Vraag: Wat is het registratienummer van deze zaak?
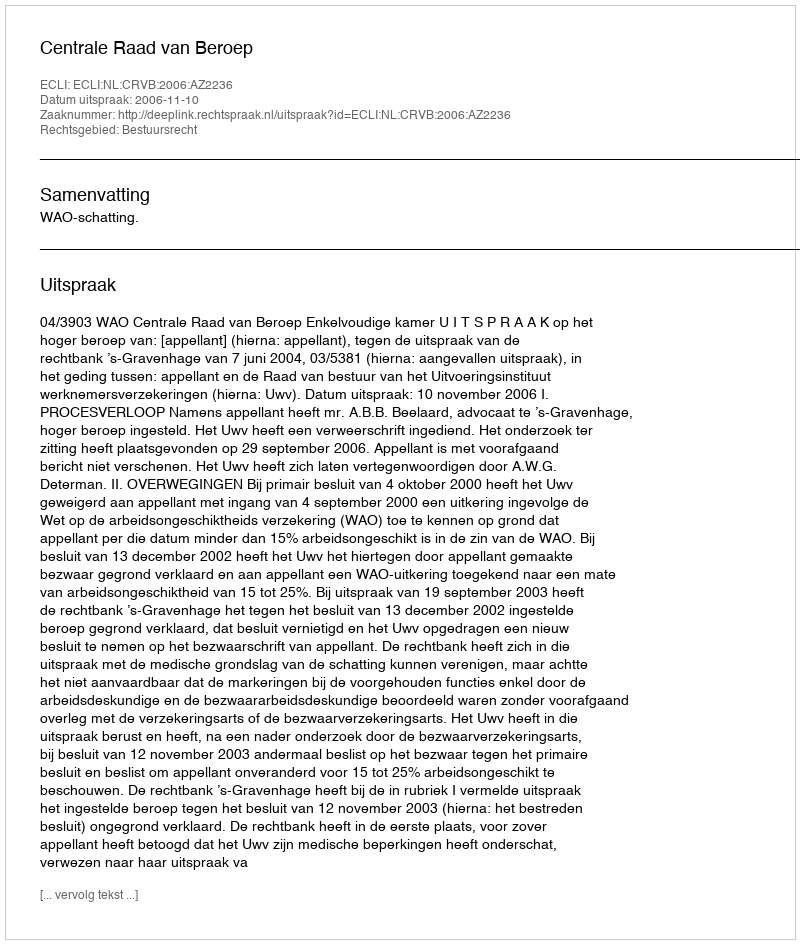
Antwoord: http://deeplink.rechtspraak.nl/uitspraak?id=ECLI:NL:CRVB:2006:AZ2236